Bréfritari: Þórunn Pálsdóttir
Viðtakandi: Páll Pálsson
Dagsetning: A-1823-01-11
Skrifað á: Hallfreðarstöðum  N-Múl.
Páll var bróðir Þórunnar

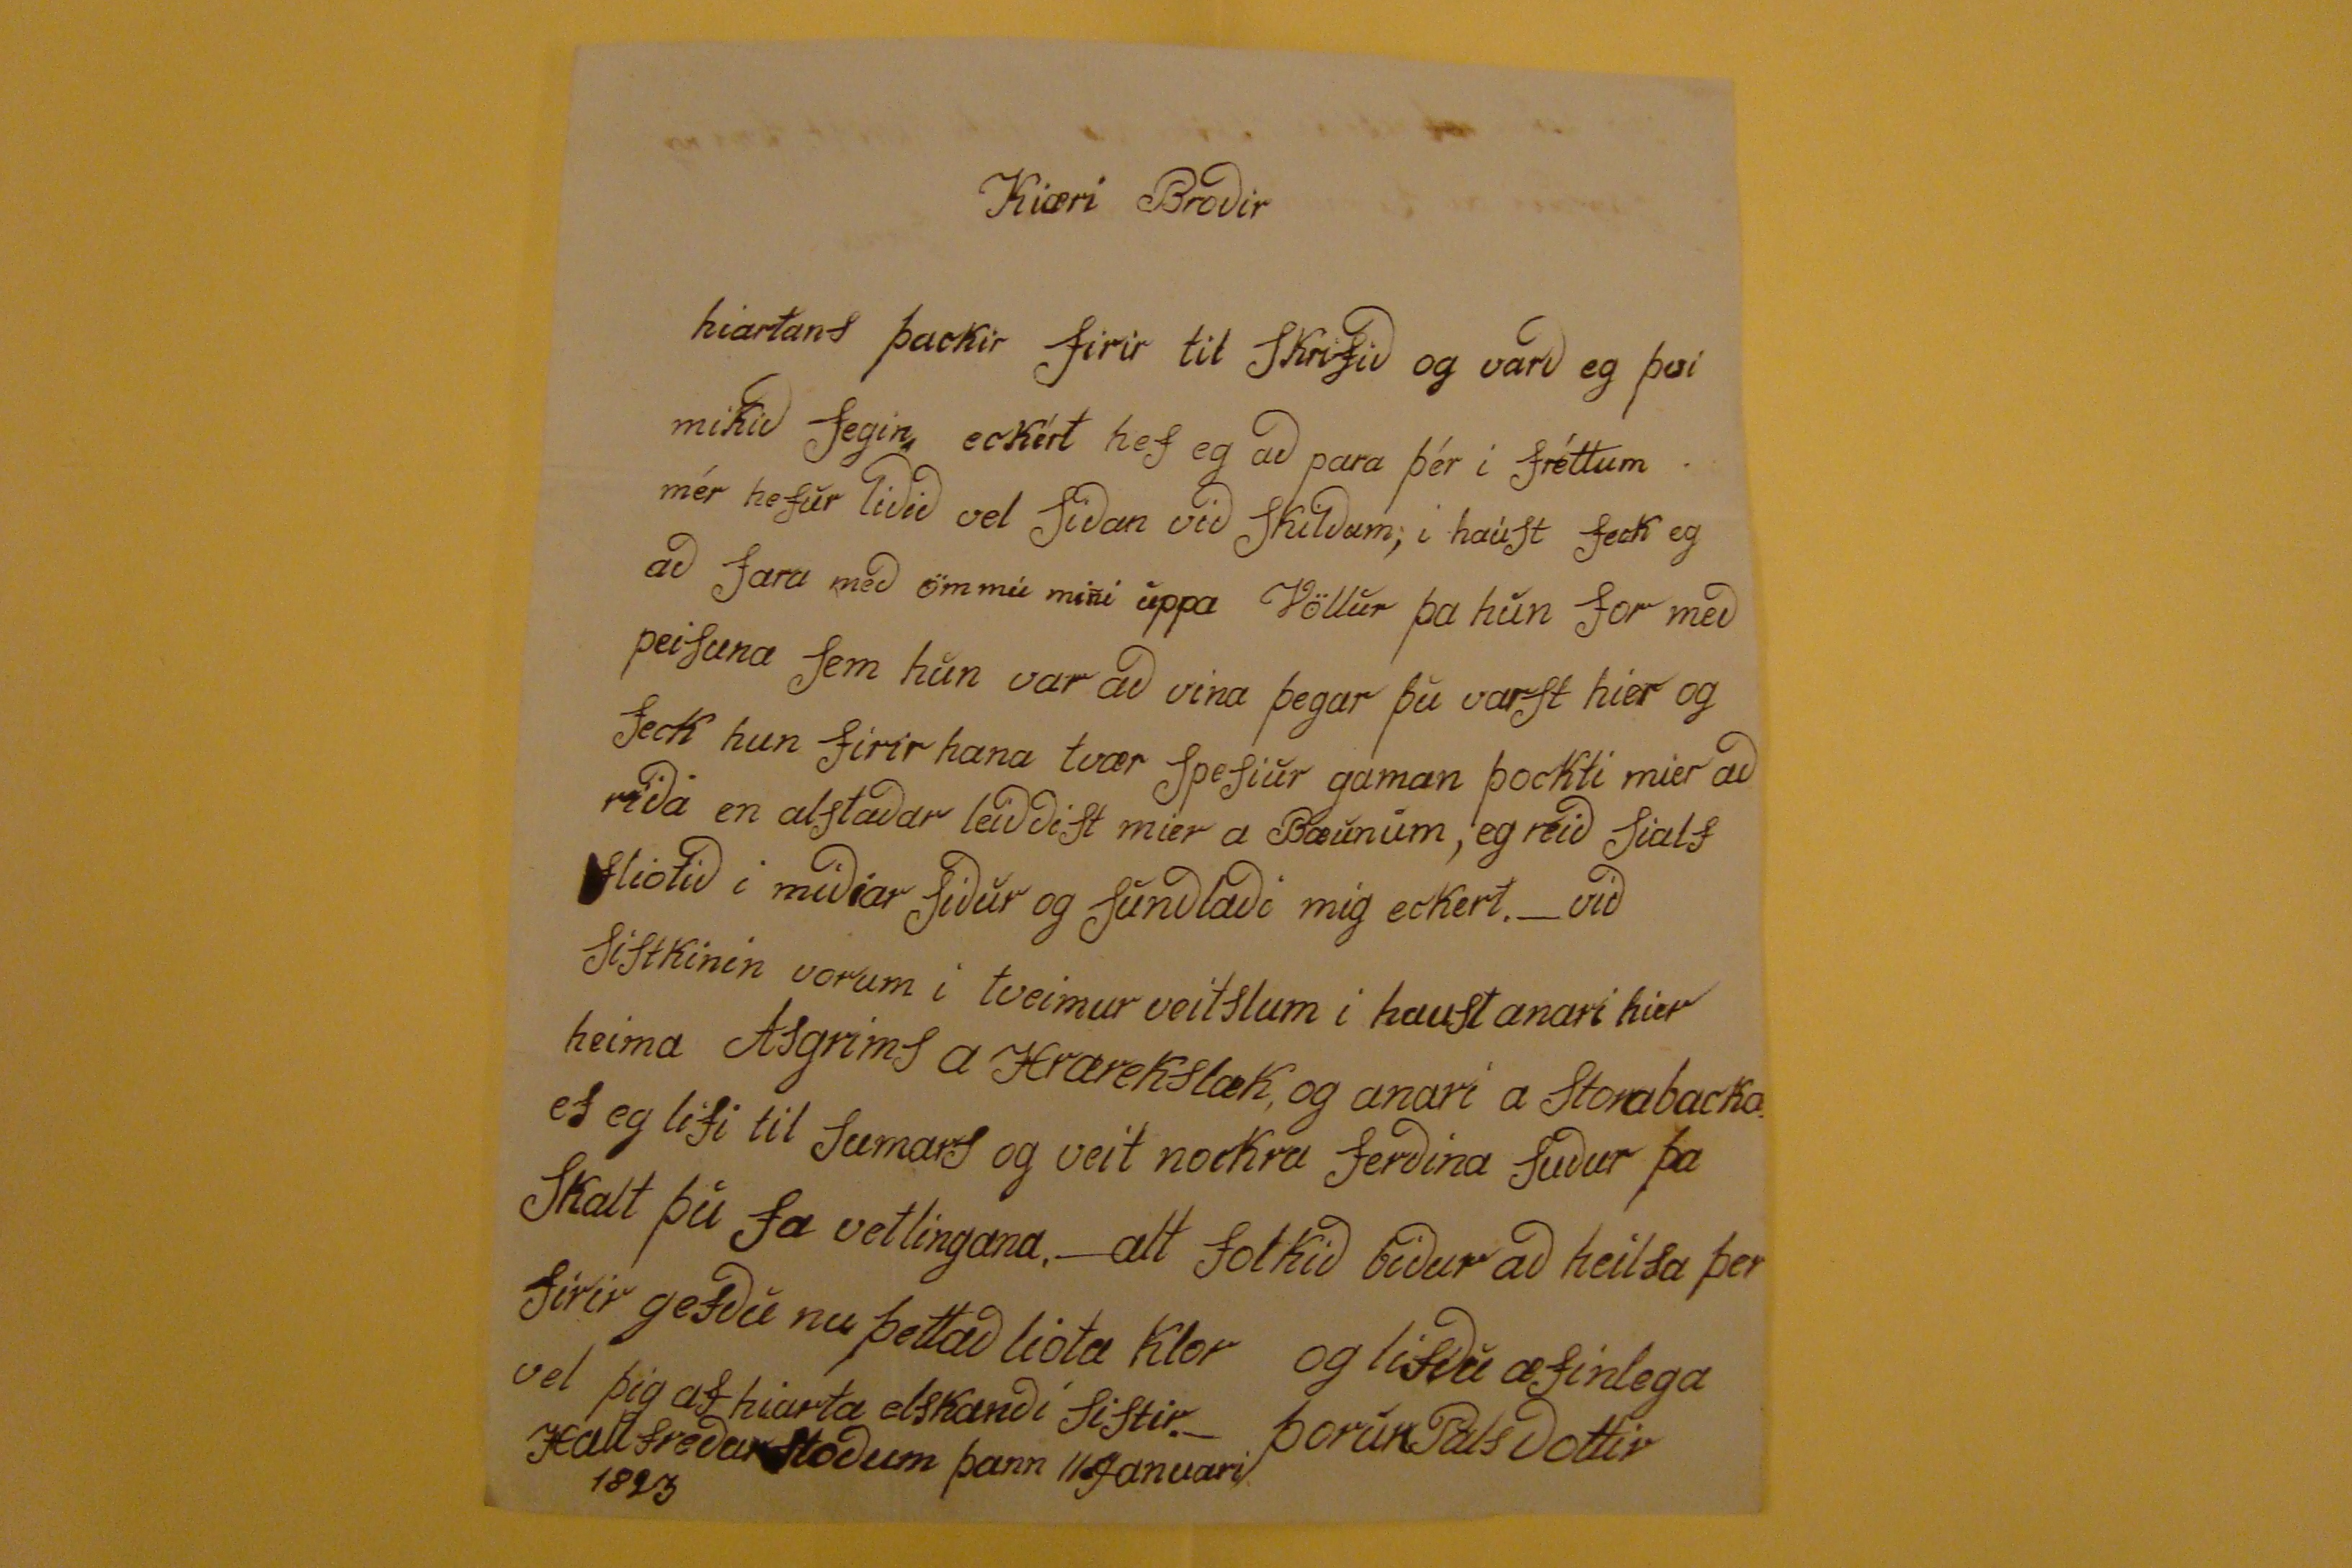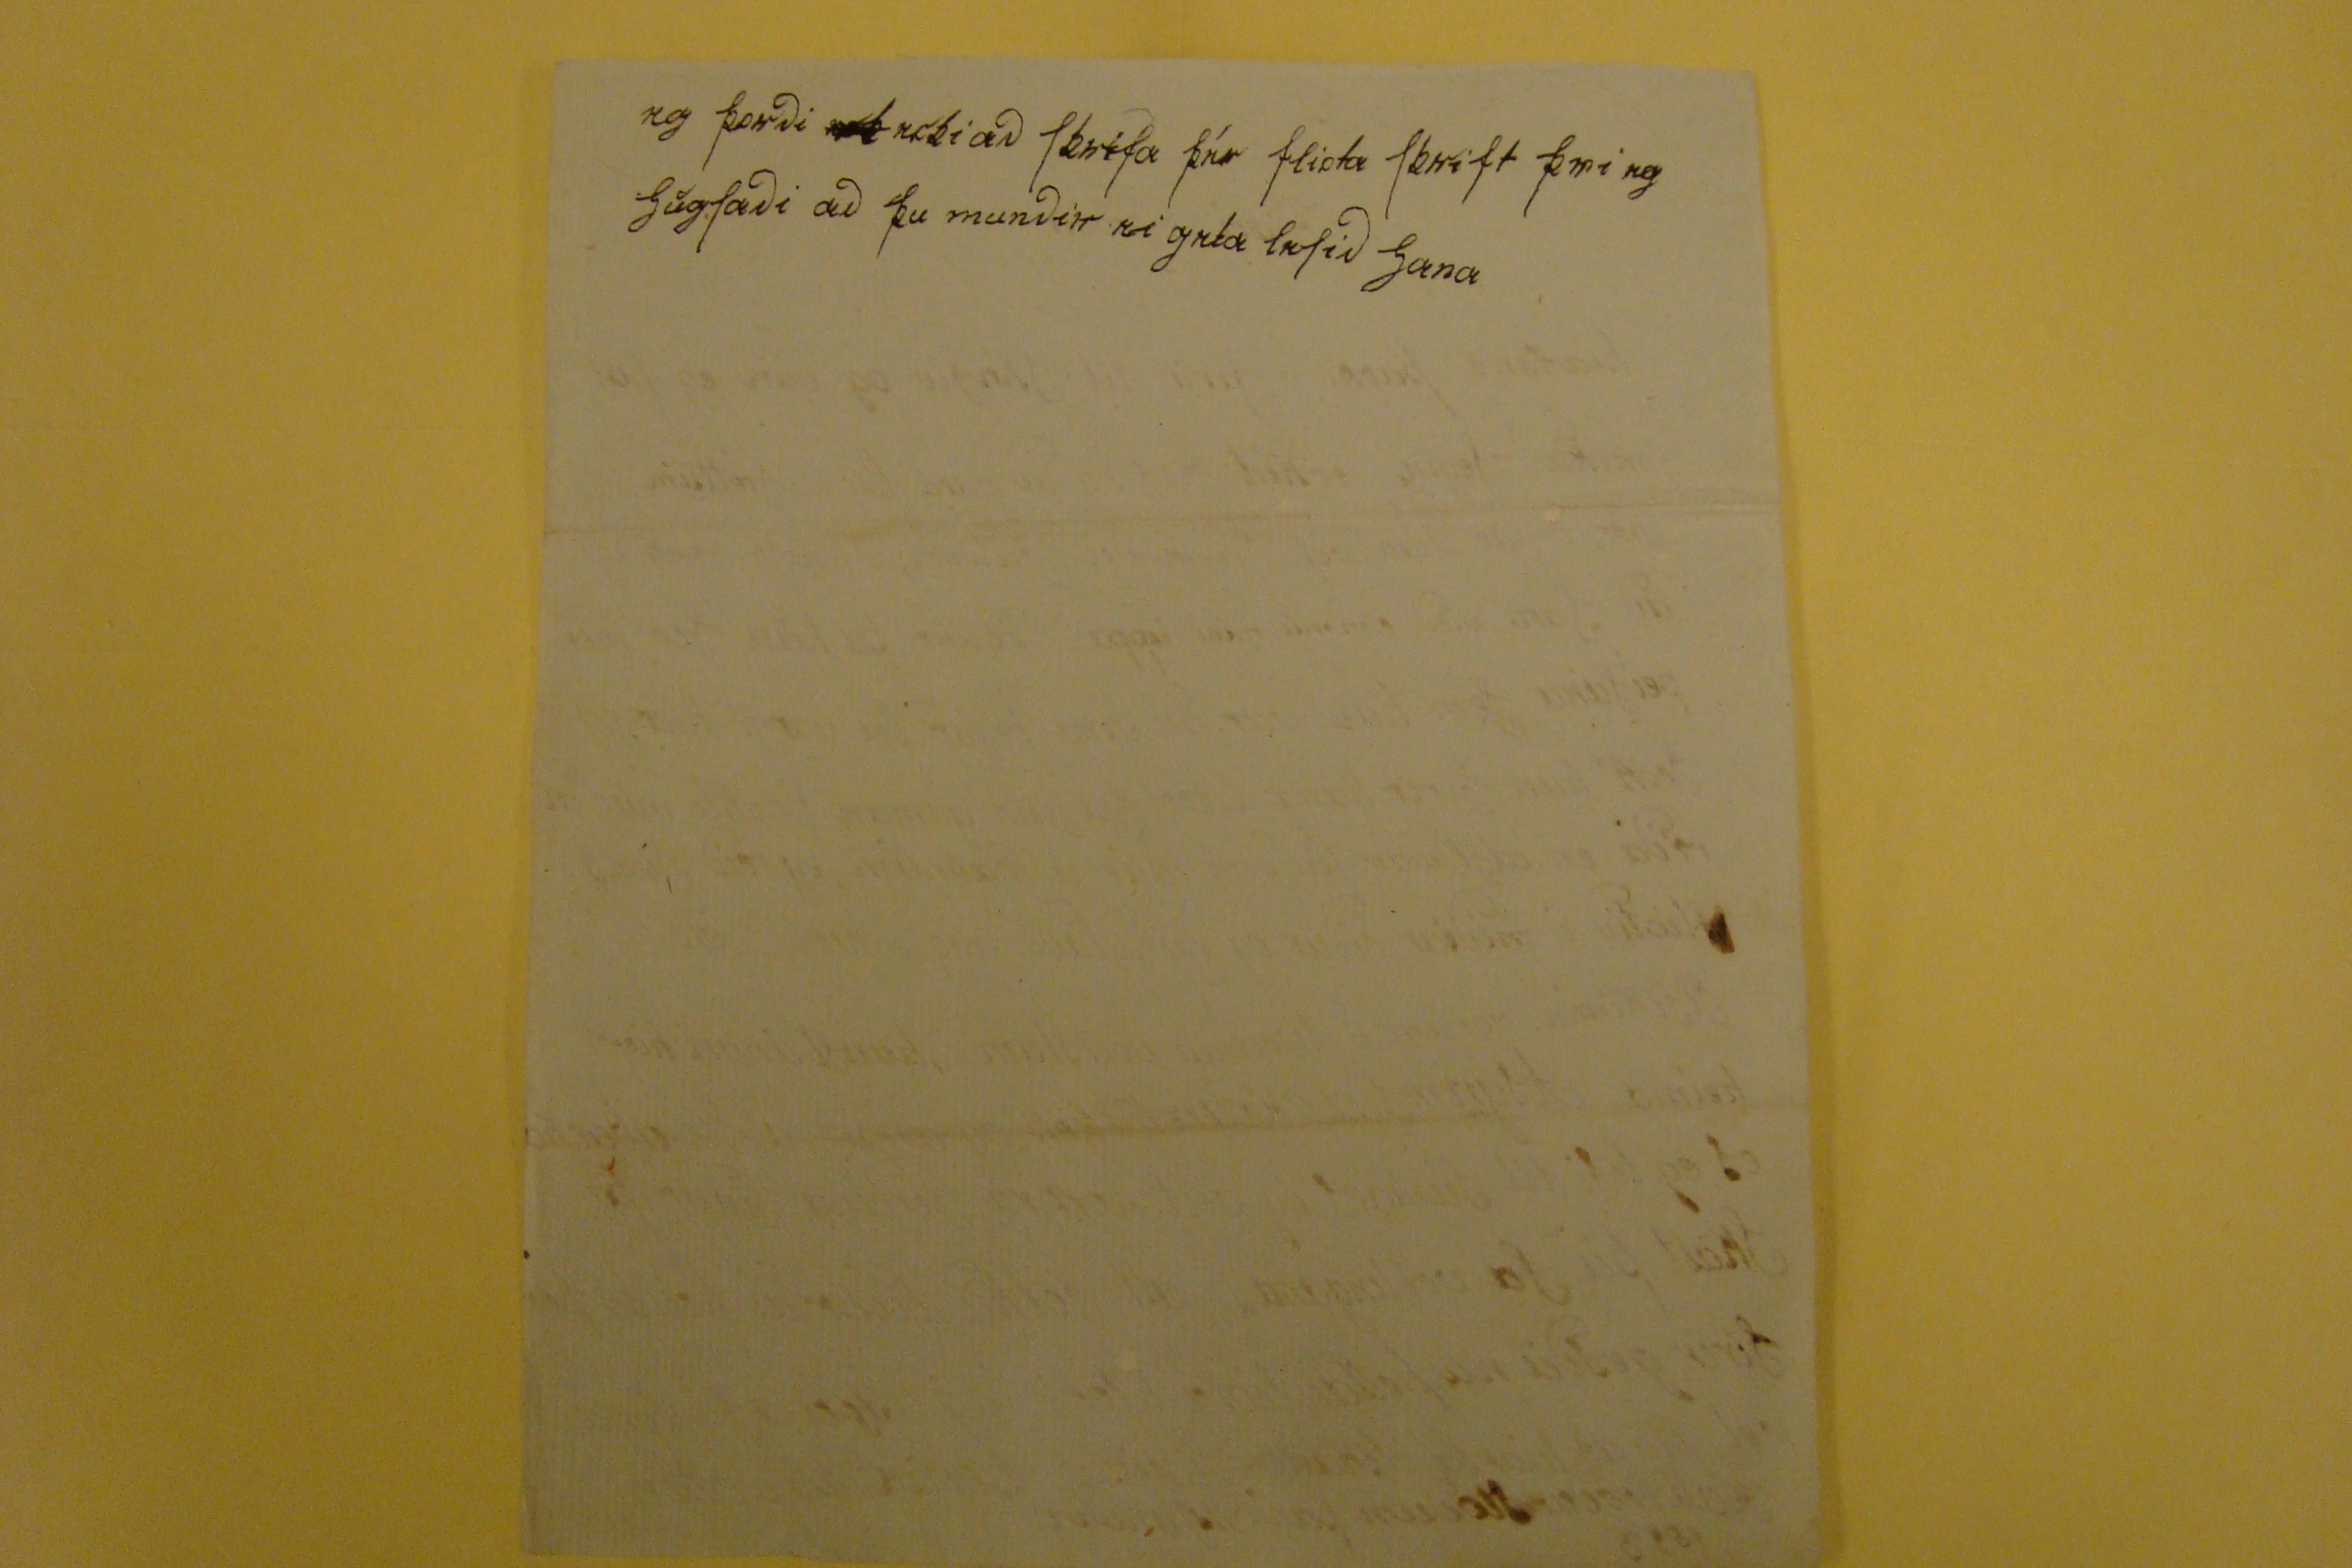

Kiæri Brodir
hiartans þackir firir til skrifid og vard eg þvi mikid fegin, eckert hef eg ad para þér i fréttum . mér hefur lidid vel sidan vid skildum; i haust feck eg ad fara med ömmu mini uppa Völlur þa hun for med peisuna sem hun var ad vina þegar þu varst hier og feck hun firir hana tvær spesiur gaman þockti mier ad rida en alstadar leiddist mier a Bæunum, eg reid sialf
0
fliotid i midiar sidur og sundladi mig eckert. - vid sistkinin vorum i tveimur veitslum i haust anari hier heima Asgrims a Hrærekslæk, og anari a storabacka. ef eg lifi til sumars og veit nockra ferdina sudur þa skalt þú fa vetlingana. - alt folkid bidur ad heilsa þer firir gefdu nu þettad liota klor og lifdu æfinlega vel þig af hiarta elskandi sistir.-
Þorun Palsdottir
Hallfredarstodum þann 11.januari 1823
eg þordi
00
ecki ad skrifa
þér
fliota skrift þvi eg hugsadi ad þu mundir ei geta lesid hana